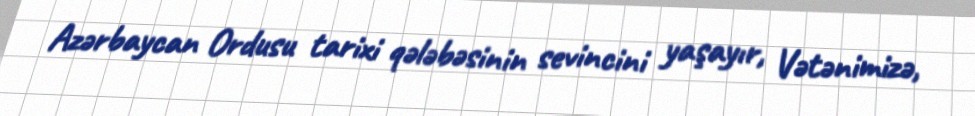
Azərbaycan Ordusu tarixi qələbəsinin sevincini yaşayır, Vətənimizə,